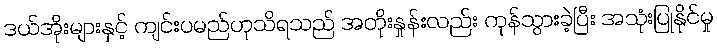
ဒယ်အိုးများနှင့် ကျင်းပမည်ဟုသိရသည် အတိုးနှုန်းလည်း ကုန်သွားခဲ့ပြီး အသုံးပြုနိုင်မှု